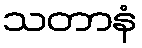
သတာနံ